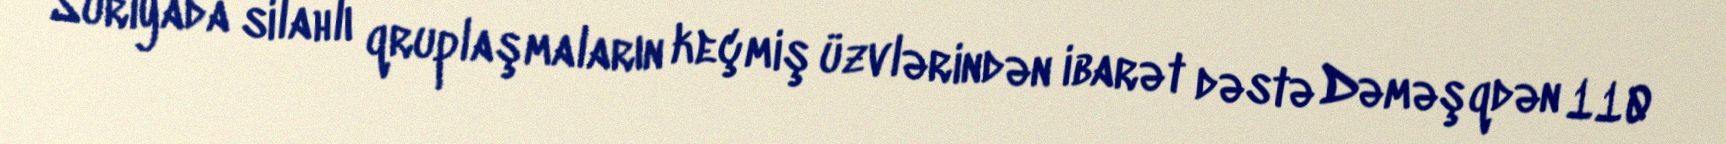
Suriyada silahlı qruplaşmaların keçmiş üzvlərindən ibarət dəstə Dəməşqdən 110